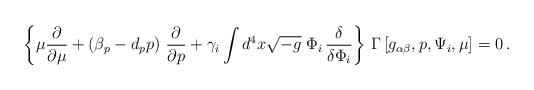
LaTeX: \begin{align*}\left\{ \mu \frac{\partial }{\partial \mu }+\left( \beta _{p}-d_{p}p\right)\,\frac{\partial }{\partial p}+\gamma _{i}\int d^{4}x\sqrt{-g}\;\Phi _{i}\,\frac{\delta }{\delta \Phi _{i}}\right\} \, \Gamma \left[ g_{\alpha\beta},p,\Psi _{i},\mu \right] =0\,. \end{align*}